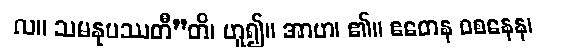
လ။ သမနုပဿတီ”တိ၊ ဟူ၍။ အာဟ၊ ၏။ ဧတေန ဝစနေန၊